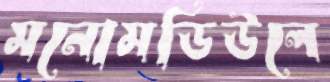
মনোমডিউলে